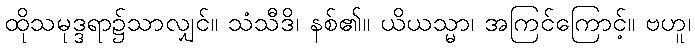
ထိုသမုဒ္ဒရာ၌သာလျှင်။ သံသီဒိ၊ နစ်၏။ ယိယသ္မာ၊ အကြင်ကြောင့်။ ဗဟူ၊